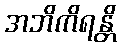
အဘိကိရန္တိ